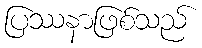
ပြဿနာဖြစ်သည်